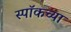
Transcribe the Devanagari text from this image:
स्पॉकच्या